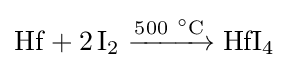
{\mathrm {Hf} {}+{}2\,\mathrm {I} {\vphantom {A}}_{\smash[{t}]{2}}{}\mathrel {\xrightarrow {500~{\vphantom {A}}^{\circ }{\text{C}}} } {}\mathrm {HfI} {\vphantom {A}}_{\smash[{t}]{4}}}